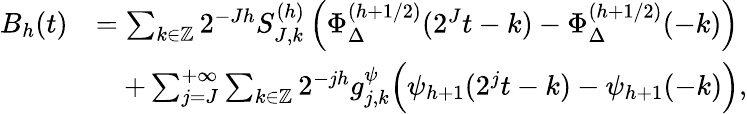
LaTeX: \begin{array}{rl}{B_{h}(t)}&{=\sum_{k\in\mathbb{Z}}2^{-Jh}S_{J,k}^{(h)}\left(\Phi_{\Delta}^{(h+1/2)}(2^{J}t-k)-\Phi_{\Delta}^{(h+1/2)}(-k)\right)}\\ &{\quad+\sum_{j=J}^{+\infty}\sum_{k\in\mathbb{Z}}2^{-jh}g_{j,k}^{\psi}\Big(\psi_{h+1}(2^{j}t-k)-\psi_{h+1}(-k)\Big),}\end{array}